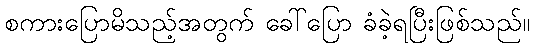
စကားပြောမိသည့်အတွက် ခေါ်ပြော ခံခဲ့ရပြီးဖြစ်သည်။